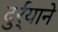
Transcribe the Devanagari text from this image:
दुर्र्याने